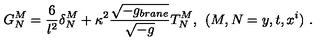
G _ { N } ^ { M } = \frac { 6 } { l ^ { 2 } } \delta _ { N } ^ { M } + \kappa ^ { 2 } \frac { \sqrt { - g _ { b r a n e } } } { \sqrt { - g } } T _ { N } ^ { M } , \: \: ( M , N = y , t , x ^ { i } ) \ .